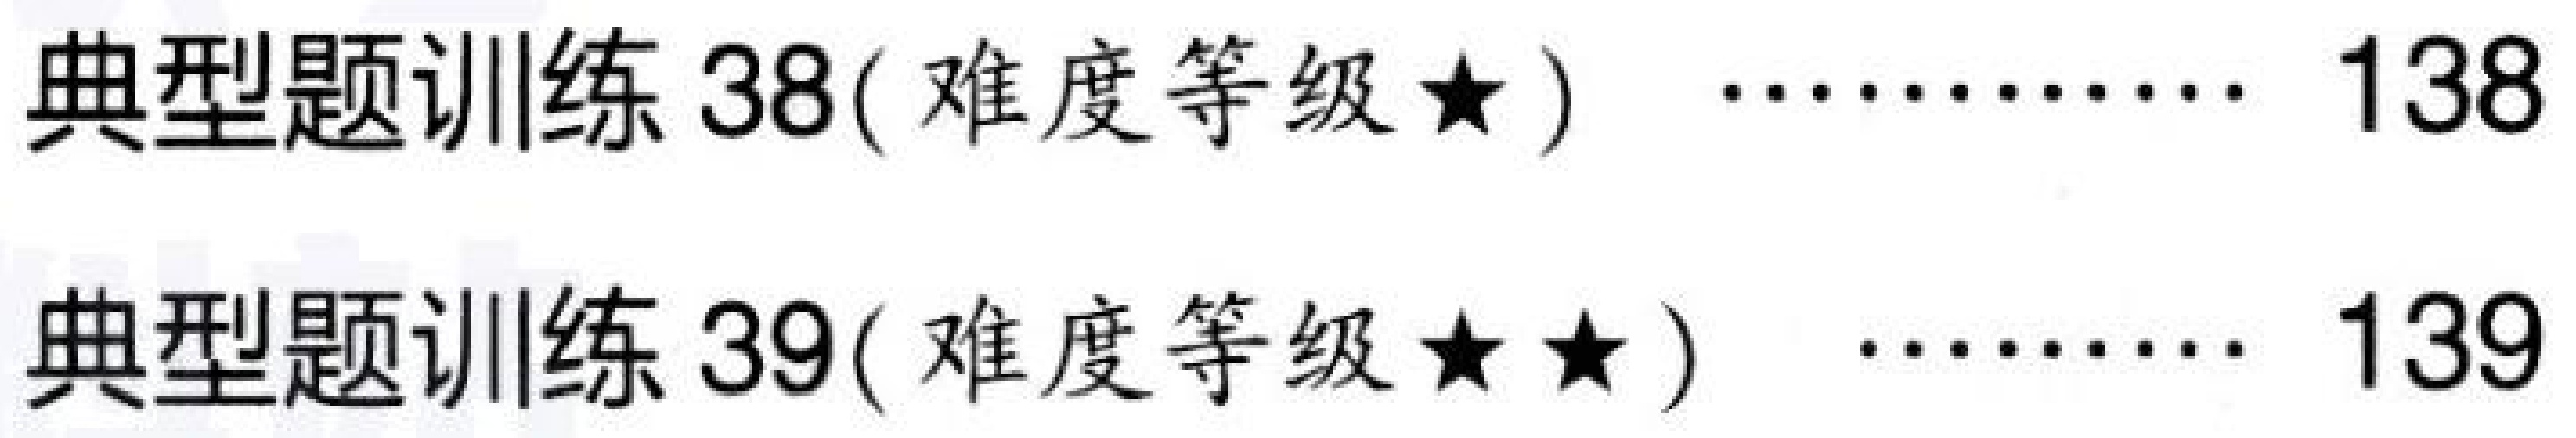
典型题训练 38( 难度等级$\star$) $\cdots\cdots$ 138\\
典型题训练 39( 难度等级$\star\star$) $\cdots\cdots$ 139